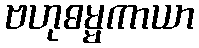
ဗဟုဓမ္မကာယာ